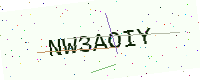
Text: NW3AOIY